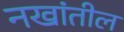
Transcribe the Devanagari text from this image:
नखांतील